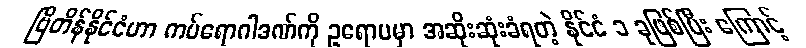
ဗြိတိန်နိုင်ငံဟာ ကပ်ရောဂါဒဏ်ကို ဥရောပမှာ အဆိုးဆုံးခံရတဲ့ နိုင်ငံ ၁ ခုဖြစ်ပြီး ကြောင့်